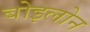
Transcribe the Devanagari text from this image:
बोइलोन